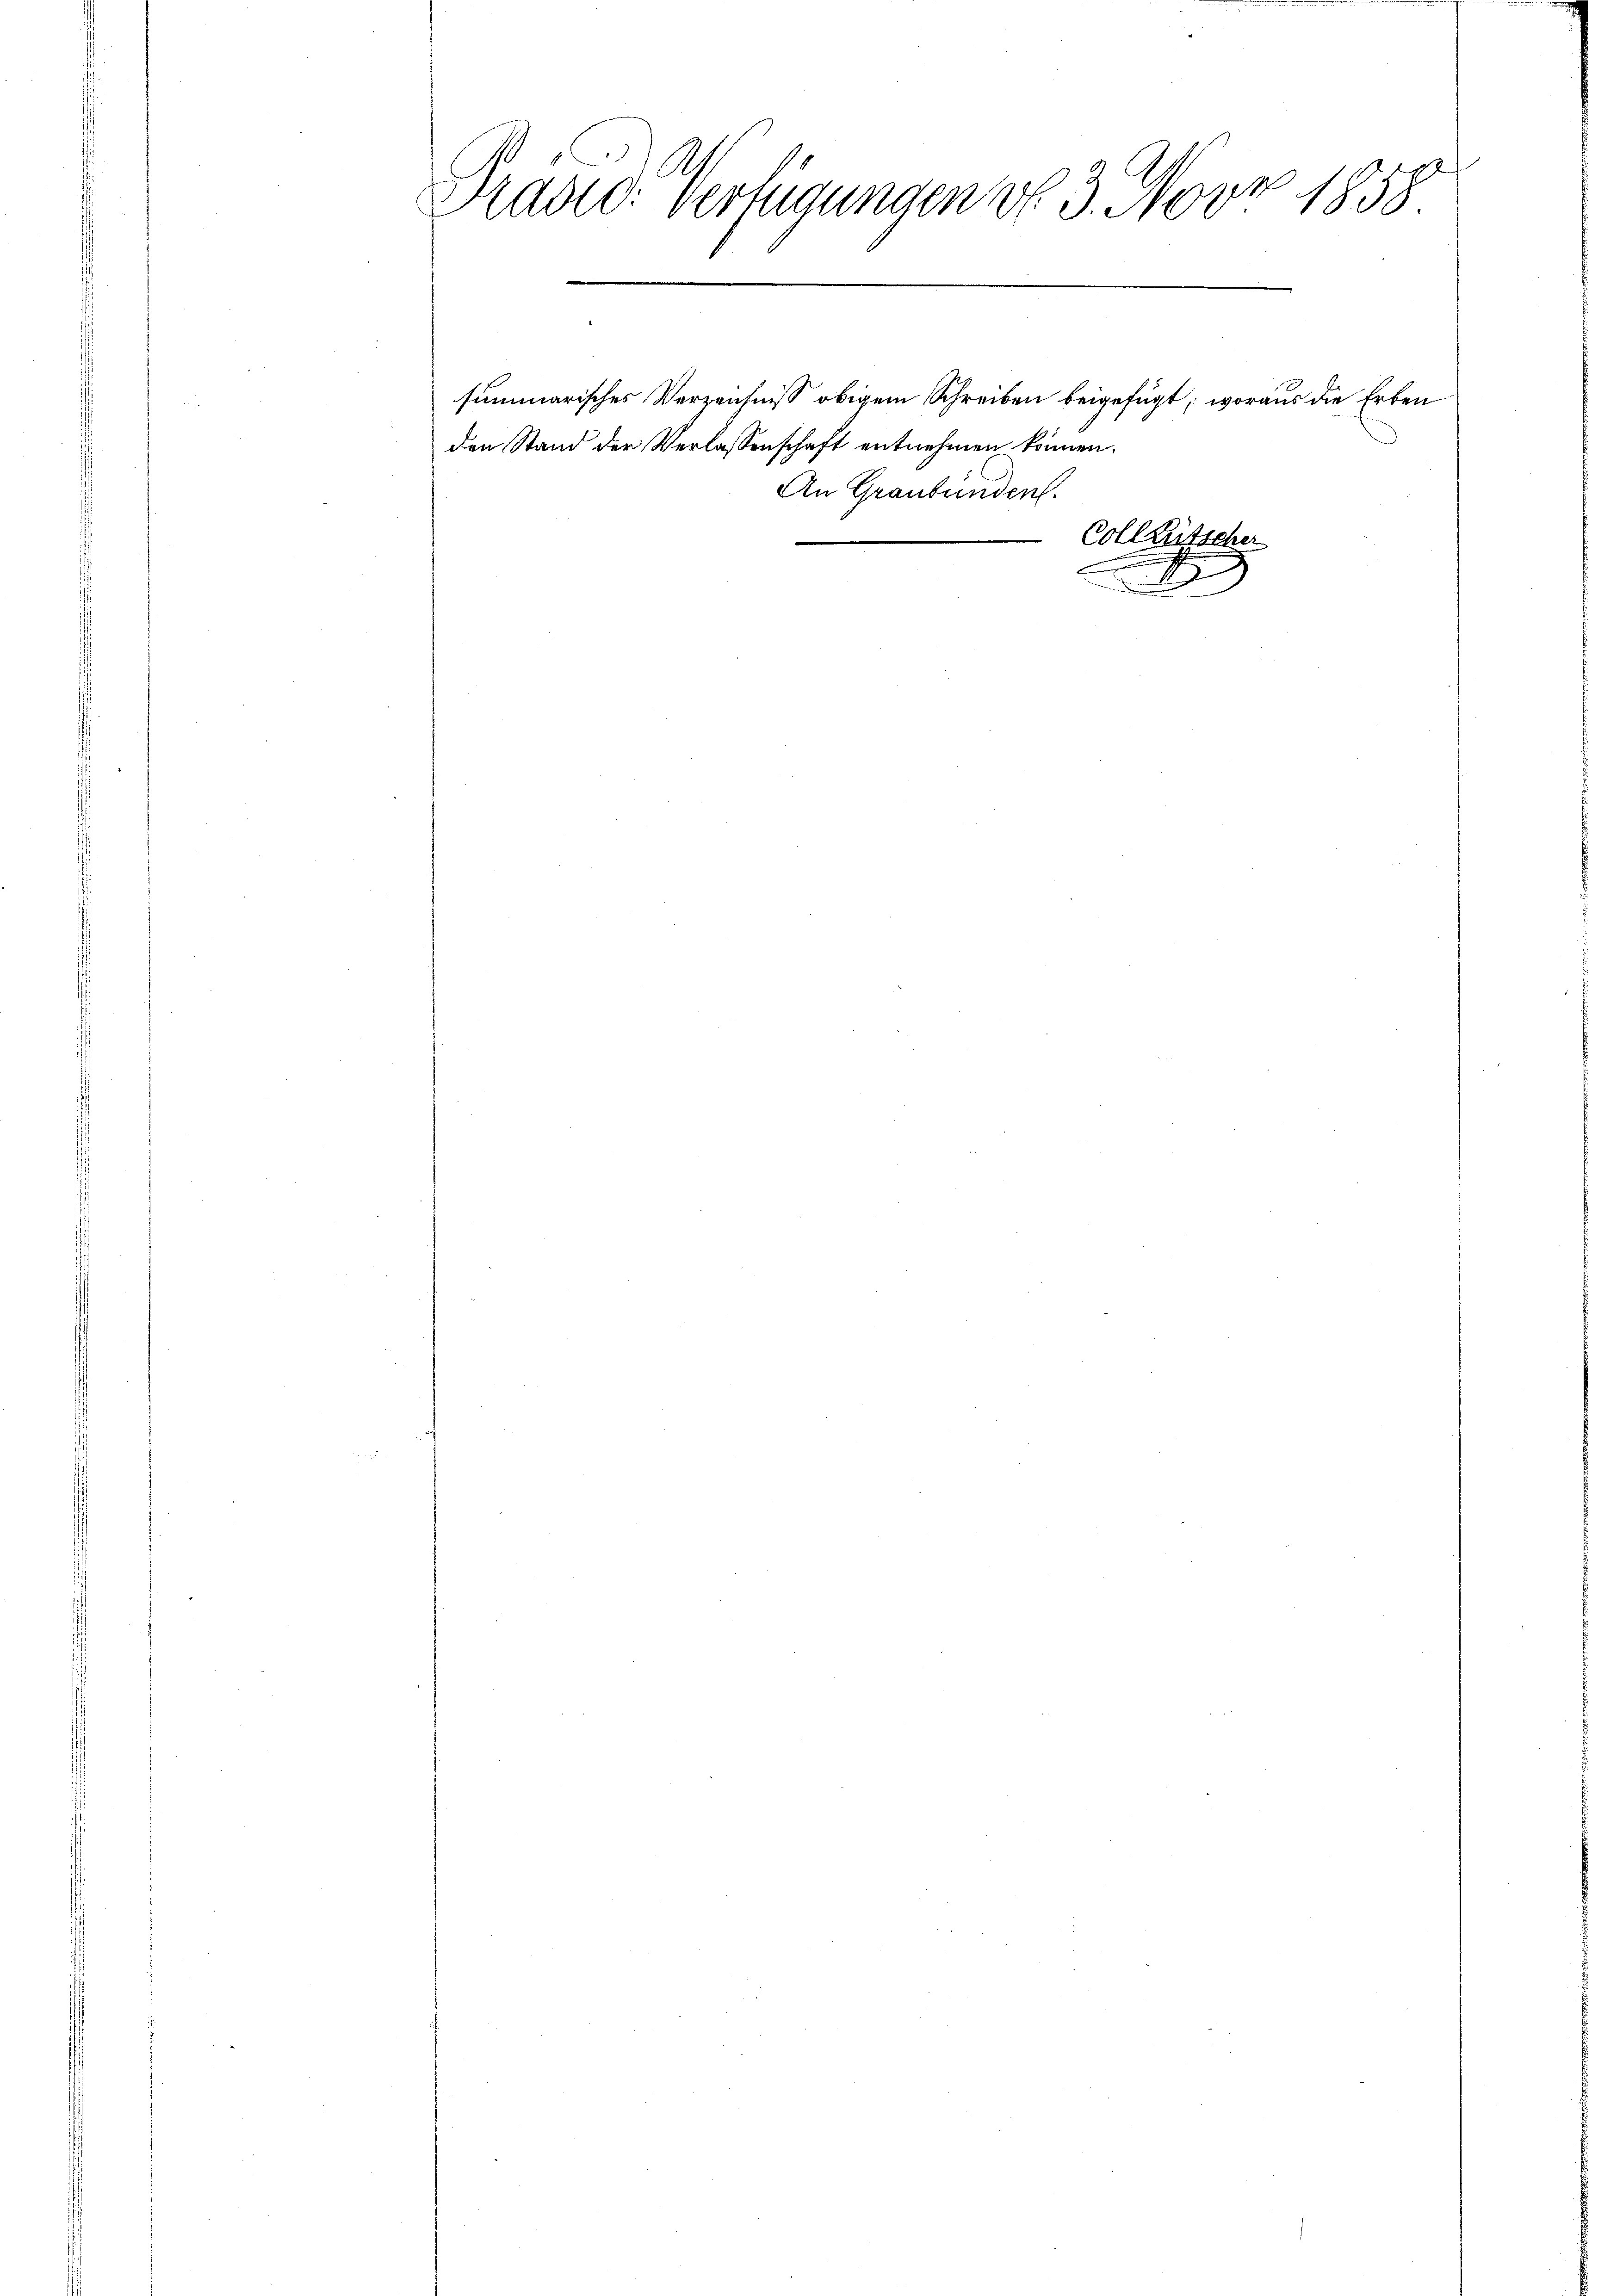
3
Radto: verfügungen v. 3. Nov. 1838.
8
f

e

summarisches Verzeichniß obigem Schreiben beigefügt, woraus die Erben
den Stand der Verlassenschaft entnehmen können.
An Graubünden.

Coll Lütscher
A